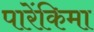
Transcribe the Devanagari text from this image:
पारेंकिमा